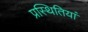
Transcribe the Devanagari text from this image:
प्रस्थितियां